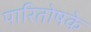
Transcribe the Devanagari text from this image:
पारितोषके